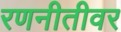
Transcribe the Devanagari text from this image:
रणनीतीवर